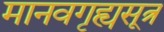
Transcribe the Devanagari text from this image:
मानवगृह्यसूत्र